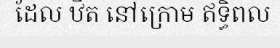
ដែល ឋិត នៅក្រោម ឥទ្ធិពល